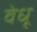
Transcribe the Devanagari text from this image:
वेधू